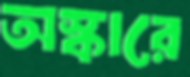
অস্কারে